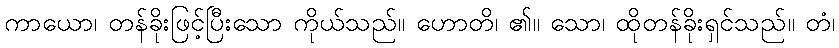
ကာယော၊ တန်ခိုးဖြင့်ပြီးသော ကိုယ်သည်။ ဟောတိ၊ ၏။ သော၊ ထိုတန်ခိုးရှင်သည်။ တံ၊